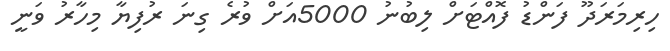
ހިރިމަރަދޫ ފަންޑު ފޮއްޓަށް ލިބުނު 5000އަށް ވުރެ ގިނަ ރުފިޔާ މިހާރު ވަނީ